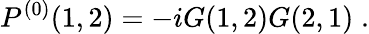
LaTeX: P^{(0)}(1,2)=-iG(1,2)G(2,1)\; .